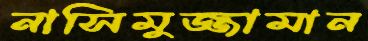
নাসিমুজ্জামান